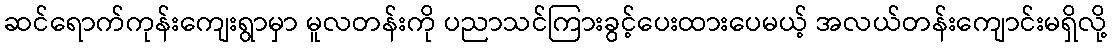
ဆင်ရောက်ကုန်းကျေးရွာမှာ မူလတန်းကို ပညာသင်ကြားခွင့်ပေးထားပေမယ့် အလယ်တန်းကျောင်းမရှိလို့